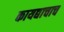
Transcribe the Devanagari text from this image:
कायद्याचाच